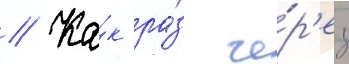
// Ка́к ра́з че́р'ез